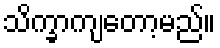
သိက္ခာကျတော့မည်။